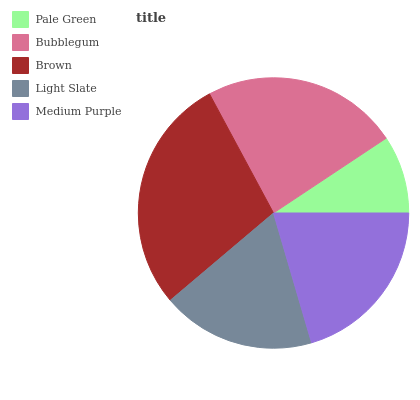
| Pale Green | Bubblegum | Brown | Light Slate | Medium Purple |
 | --- | --- | --- | --- | --- |
 | 9.32% | 23.5% | 28.3% | 18.3% | 20.5% |